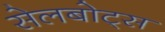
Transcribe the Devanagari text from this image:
सेलबोट्स